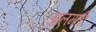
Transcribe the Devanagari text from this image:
आलमती